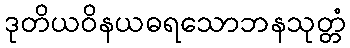
ဒုတိယဝိနယဓရသောဘနသုတ္တံ